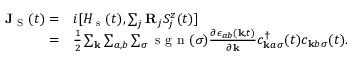
\begin{array} { r l } { \mathbf { J } _ { \textrm { S } } ( t ) = } & { i [ H _ { \textrm { s } } ( t ) , \sum _ { j } \mathbf { R } _ { j } S _ { j } ^ { z } ( t ) ] } \\ { = } & { \frac { 1 } { 2 } \sum _ { \mathbf { k } } \sum _ { a , b } \sum _ { \sigma } \textrm { s g n } ( \sigma ) \frac { \partial \epsilon _ { a b } ( \mathbf { k } , t ) } { \partial \mathbf { k } } c _ { \mathbf { k } a \sigma } ^ { \dagger } ( t ) c _ { \mathbf { k } b \sigma } ( t ) . } \end{array}